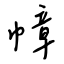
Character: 幛